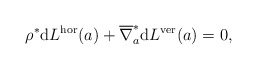
\begin{align*} \rho ^\ast \mathrm{d} L ^\textup{hor} (a) + \overline{ \nabla }_a ^\ast \mathrm{d} L ^\textup{ver} (a) = 0 , \end{align*}